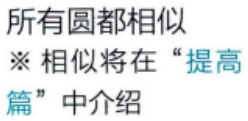
所有圆都相似

※ 相似将在“提高

篇”中介绍